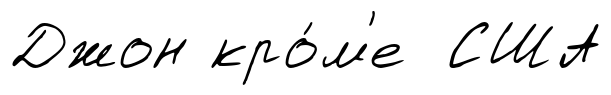
Джон кро́м'е США